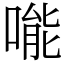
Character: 𠹌